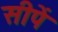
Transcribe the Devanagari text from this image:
सीपें